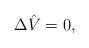
LaTeX: \begin{align*} \Delta\hat{V}=0,\end{align*}